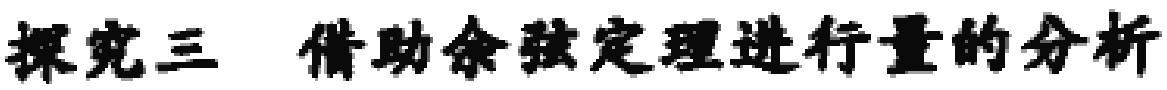
探究三 借助余弦定理进行量的分析